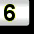
Digit: 6